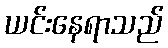
ယင်းနေရာသည်